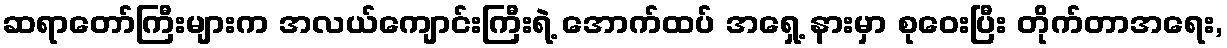
ဆရာတော်ကြီးများက အလယ်ကျောင်းကြီးရဲ့ အောက်ထပ် အရှေ့ နားမှာ စုဝေးပြီး တိုက်တာအရေး,